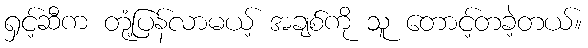
ရှင့်ဆီက တုံ့ပြန်လာမယ့် အချစ်ကို သူ တောင့်တခဲ့တယ်။